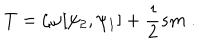
T = \zeta \omega [ \psi _ { 2 } , \psi _ { 1 } ] + \frac { \imath } { 2 } s m \; .